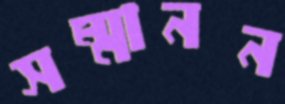
সম্মানন